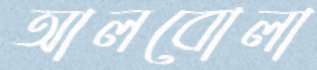
আলবোলা